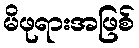
မိဖုရားအဖြစ်